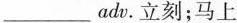
___ adv.立刻;马上